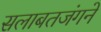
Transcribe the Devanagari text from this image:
सलाबतजंगने